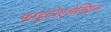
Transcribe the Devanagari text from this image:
फाइटोएलेक्सिन